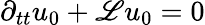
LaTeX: \partial_{tt}u_{0}+\mathscr{L}u_{0}=0